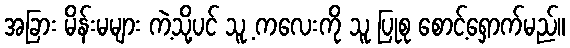
အခြား မိန်းမများ ကဲ့သို့ပင် သူ့ ကလေးကို သူ ပြုစု စောင့်ရှောက်မည်။